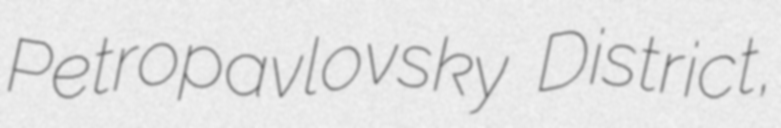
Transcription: Petropavlovsky District,